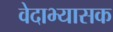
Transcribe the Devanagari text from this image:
वेदाभ्यासक